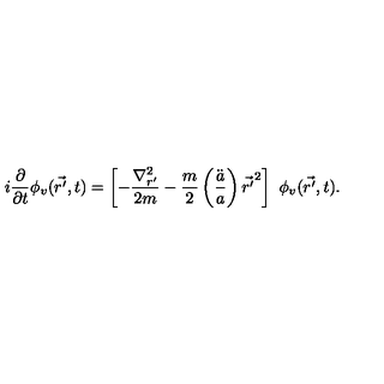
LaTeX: i \frac { \partial } { \partial t } \phi _ { v } ( \vec { r ^ { \prime } } , t ) = \left[ - \frac { { \nabla } _ { r ^ { \prime } } ^ { 2 } } { 2 m } - \frac { m } { 2 } \left( \frac { \ddot { a } } { a } \right) { \vec { r ^ { \prime } } } ^ { 2 } \right] \ \phi _ { v } ( \vec { r ^ { \prime } } , t ) .